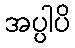
အပ္ပါပိ